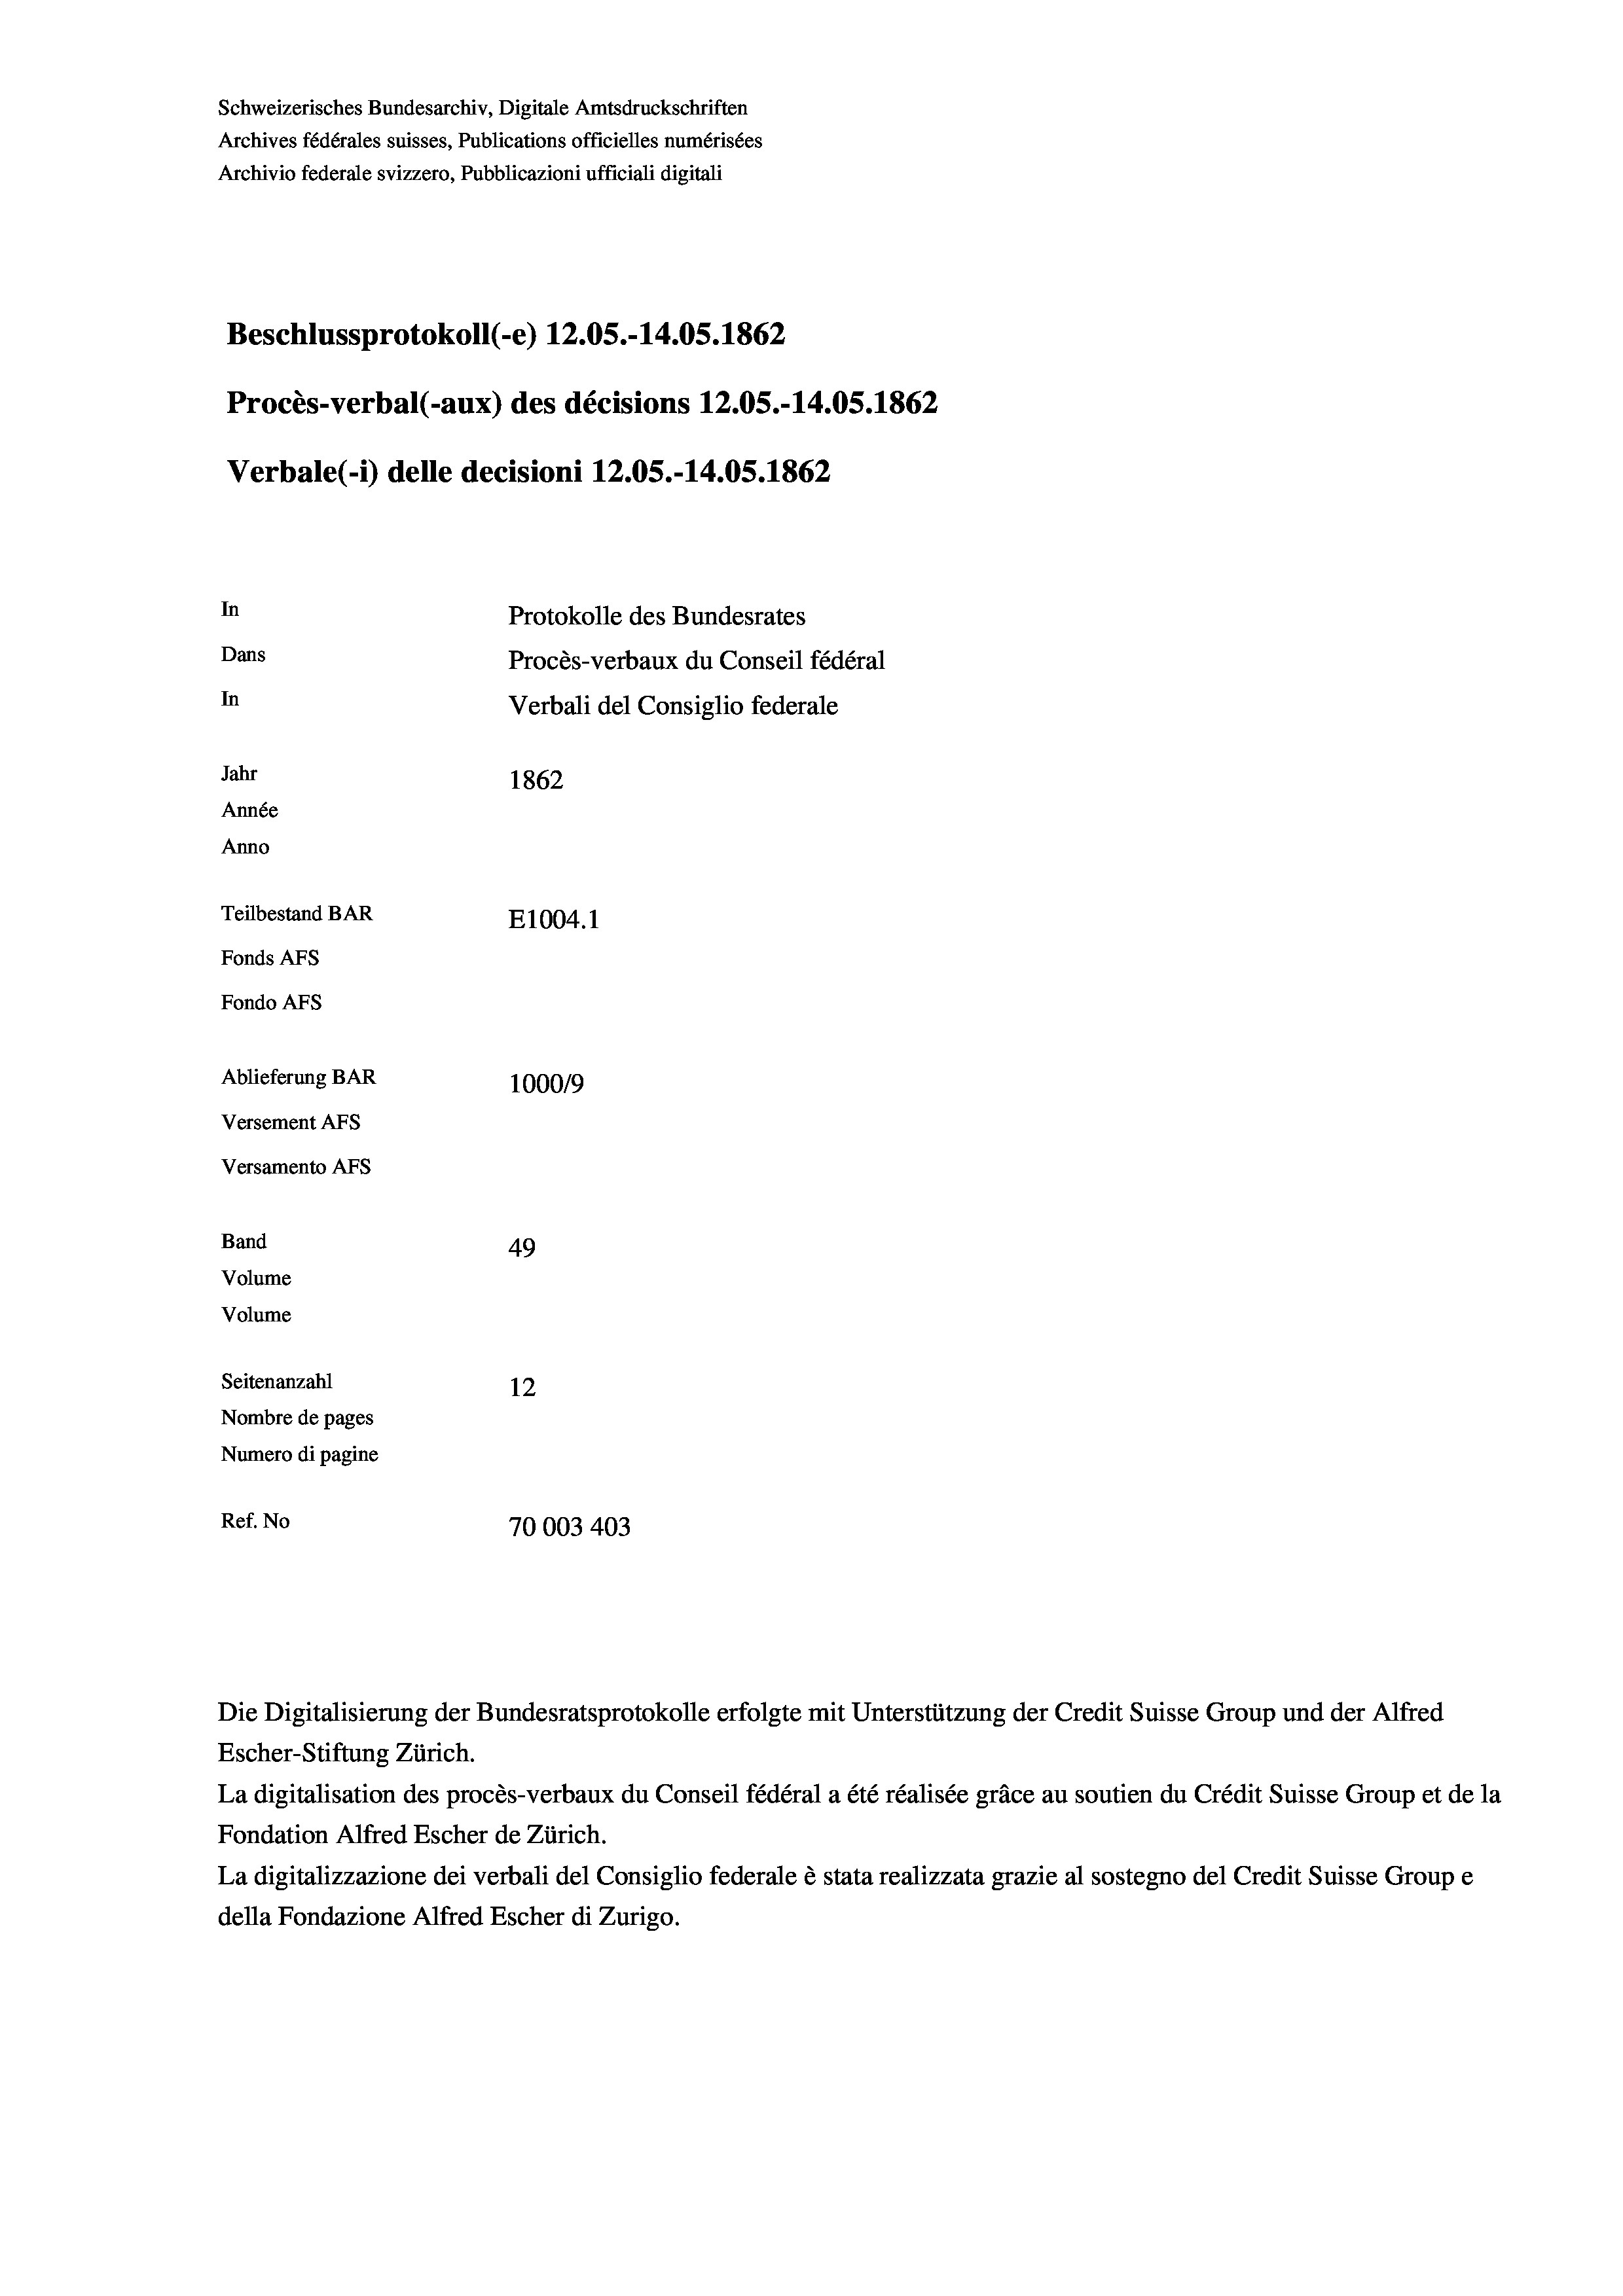
Schweizerisches Bundesarchiv, Digitale Amtsdruckschriften
Archives fédérales suisses, Publications officielles numérisées
Archivio federale svizzero, Pubblicazioni ufficiali digitali
Beschlussprotokoll (-e) 12.05.-14.05. 1862
Procès-verbal (-aux) des décisions 12.05.-14.05. 1862
Verbale (i) delle decisioni 12.05.-14.05. 1862
In
Protokolle des Bundesrates
Dans
Procès-verbaux du Conseil fédéral
In
Verbali del Consiglio federale
Jahr
1862
Année
Anno
Teilbestand BAR
E1004. 1
Fonds AFs
Fondo Afs
Ablieferung BAR
100019
Versement AFs
Versamento AFS
Band
49
Volume
Volume
Seitenanzahl
12
Nombre de pages
Numero di pagine
Ref. No
70003403

Escher-Stiftung Zürich.
La digitalisation des procès-verbaux du Conseil fédéral a été réalisée gräce au soutien du Crédit Suisse Group et de la
Fondation Alfred Escher de Zürich.
La digitalizzazione dei verbali del Consiglio federale è stata realizzata grazie al sostegno del Credit Suisse Groupe
della Fondazione Alfred Escher di Zurigo.

Die Digitalisierung der Bundesratsprotokolle erfolgte mit Unterstützung der Credit Suisse Group und der Alfred